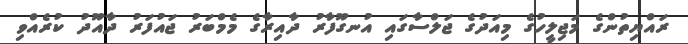
ރައްޔިތުންގެ މަޖިލީހުގެ މިއަދުގެ ޖަލްސާގައި އުނގޫފާރު ދާއިރާގެ މެމްބަރު ޖައުފަރު ދާއޫދު ކުރެއްވި